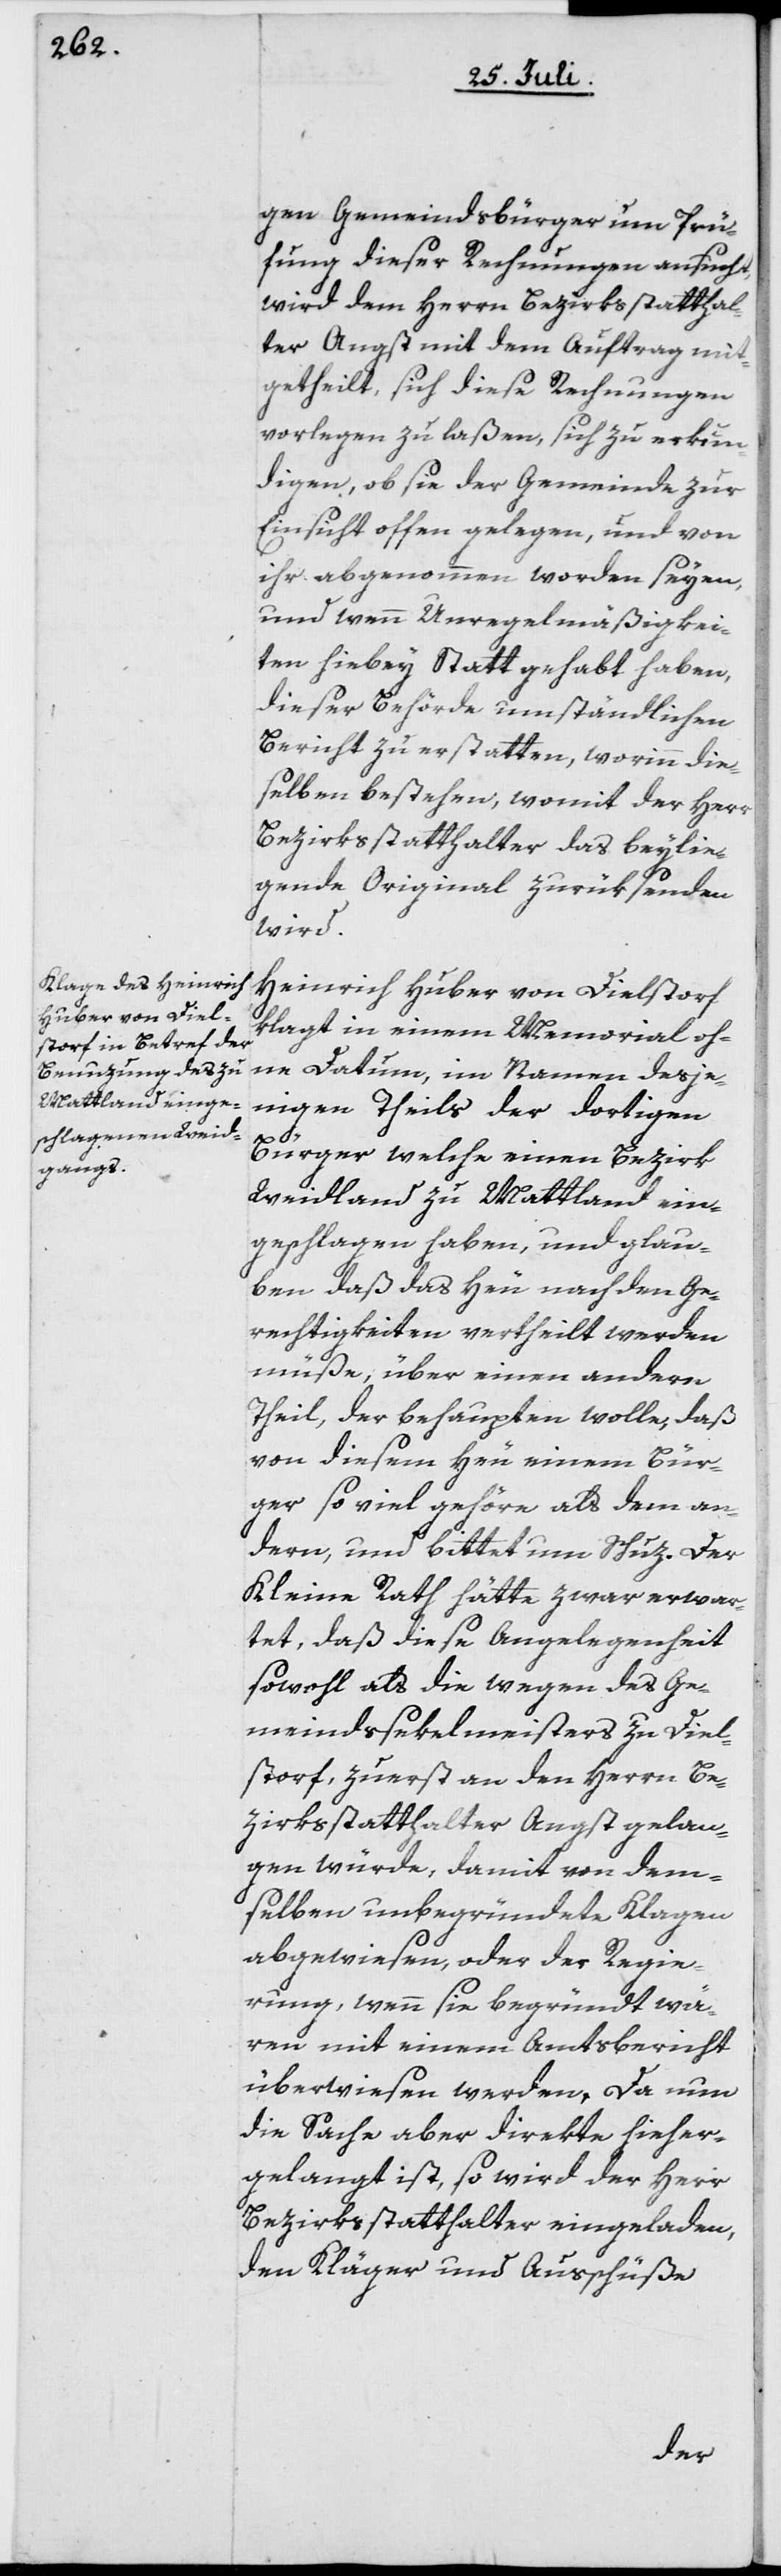
gen Gemeindsbürger um Prü¬
fung dieser Rechnungen ansucht,
wird dem Herrn Bezirksstatthal¬
ter Angst mit dem Auftrag mit¬
getheilt, sich diese Rechnungen
vorlegen zu laßen, sich zu erkun¬
digen, ob sie der Gemeinde zur
Einsicht offen gelegen, und von
ihr abgenommen worden seyen,
und wenn Unregelmäßigkei¬
ten hiebey Statt gehabt haben,
dieser Behörde umständlichen
Bericht zu erstatten, worinn die¬
selben bestehen, womit der Herr
Bezirksstatthalter das beyli¬
e<gende Original zurüksenden
wird.
Heinrich Huber von Dielstorf
klagt in einem Memorial oh¬
ne Datum, im Namen desje¬
nigen Theils der dortigen
Bürger welche einen Bezirk
Weidland zu Mattland ein¬
geschlagen haben, und glau¬
ben daß das Heu nach den Ge¬
rechtigkeiten vertheilt werden
müße, über einen andern
Theil, der behaupten wolle, daß
von diesem Heu einem Bür¬
ger so viel gehöre als dem an¬
dern, und bittet um Schutz. Der
Kleine Rath hätte zwar erwar¬
tet, daß diese Anglegenheit
sowohl als die wegen des Ge¬
meindssekelmeisters zu Diel¬
storf, zuerst an den Herrn Be¬
zirksstatthalter Angst gelan¬
gen würde, damit von dem¬
selben unbegründete Klagen
abgewiesen, oder der Regie¬
rung, wenn sie begründet wä¬
ren mit einem Amtsbericht
überwiesen werden. Da nun
die Sache aber direkte hieher¬
gelangt ist, so wird der Herr
Bezirksstatthalter eingeladen,
den Kläger und Ausschüße